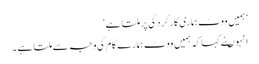
’ہمیں ووٹ ہماری کارکردگی پر ملتا ہے‘
انہوںنے کہا کہ ہمیں ووٹ ہمارے کام کی وجہ سے ملتا ہے ۔